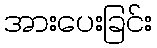
အားပေးခြင်း